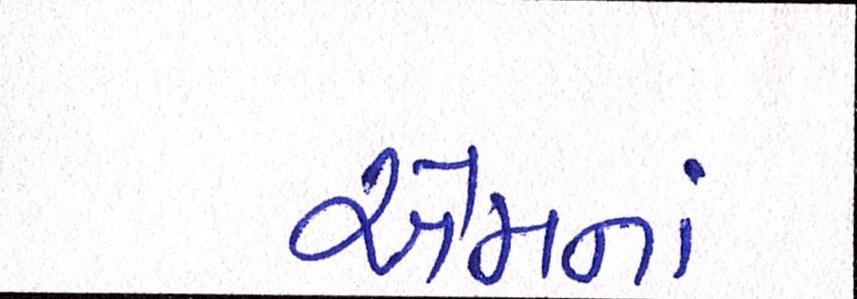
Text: એમનાં